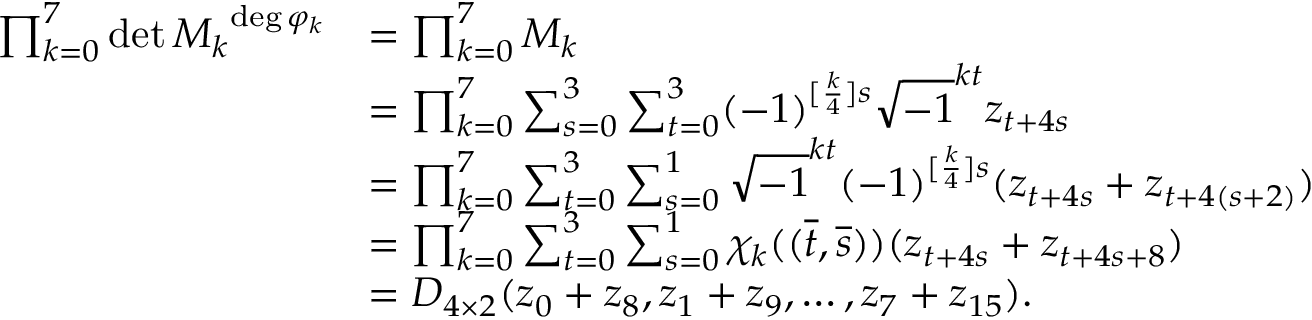
\begin{array} { r l } { \prod _ { k = 0 } ^ { 7 } \operatorname* { d e t } { M _ { k } } ^ { \deg { \varphi _ { k } } } } & { = \prod _ { k = 0 } ^ { 7 } M _ { k } } \\ & { = \prod _ { k = 0 } ^ { 7 } \sum _ { s = 0 } ^ { 3 } \sum _ { t = 0 } ^ { 3 } ( - 1 ) ^ { [ \frac { k } { 4 } ] s } \sqrt { - 1 } ^ { k t } z _ { t + 4 s } } \\ & { = \prod _ { k = 0 } ^ { 7 } \sum _ { t = 0 } ^ { 3 } \sum _ { s = 0 } ^ { 1 } \sqrt { - 1 } ^ { k t } ( - 1 ) ^ { [ \frac { k } { 4 } ] s } ( z _ { t + 4 s } + z _ { t + 4 ( s + 2 ) } ) } \\ & { = \prod _ { k = 0 } ^ { 7 } \sum _ { t = 0 } ^ { 3 } \sum _ { s = 0 } ^ { 1 } \chi _ { k } ( ( \overline { { t } } , \overline { { s } } ) ) ( z _ { t + 4 s } + z _ { t + 4 s + 8 } ) } \\ & { = D _ { 4 \times 2 } ( z _ { 0 } + z _ { 8 } , z _ { 1 } + z _ { 9 } , \ldots , z _ { 7 } + z _ { 1 5 } ) . } \end{array}